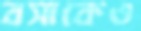
বসাকেও